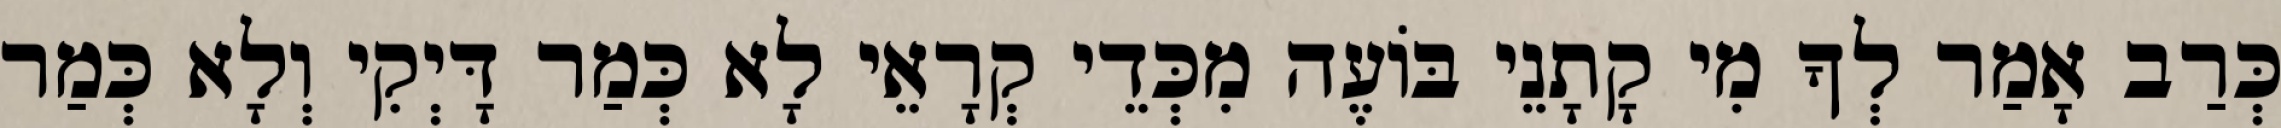
כְּרַב אָמַר לְךָ מִי קָתָנֵי בּוֹעֶה מִכְּדֵי קְרָאֵי לָא כְּמַר דָּיְקִי וְלָא כְּמַר